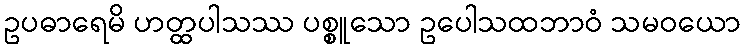
ဥပဓာရေမိ ဟတ္ထပါသဿ ပစ္စူသော ဥပေါသထဘာဝံ သမဝယော